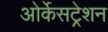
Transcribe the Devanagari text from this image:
ओर्केसट्रेशन